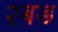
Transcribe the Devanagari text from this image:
२बड